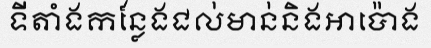
ទីតាំងកន្លែងជល់មាន់និងអាប៉ោង